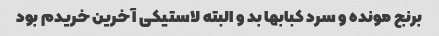
برنج مونده و سرد کبابها بد و البته لاستیکی آخرین خریدم بود